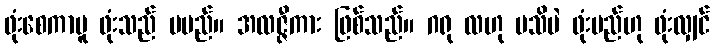
ဖုံးစေကာမူ ဖုံးသည် မမည်။ အလဇ္ဇီကား ဖြစ်သည်။ ဂရု လဟု မသိပဲ ဖုံးမည်ဟု ဖုံးလျှင်